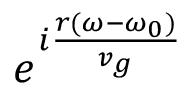
e ^ { i \frac { r ( \omega - { \omega _ { 0 } } ) } { v _ { g } } }